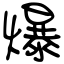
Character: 爆